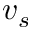
v _ { s }